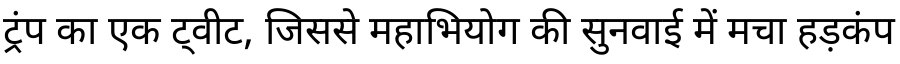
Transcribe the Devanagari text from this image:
ट्रंप का एक ट्वीट, जिससे महाभियोग की सुनवाई में मचा हड़कंप